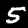
Label: 5